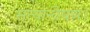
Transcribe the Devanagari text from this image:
सत्यान्वेषण।